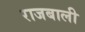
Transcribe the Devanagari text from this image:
राजबाली